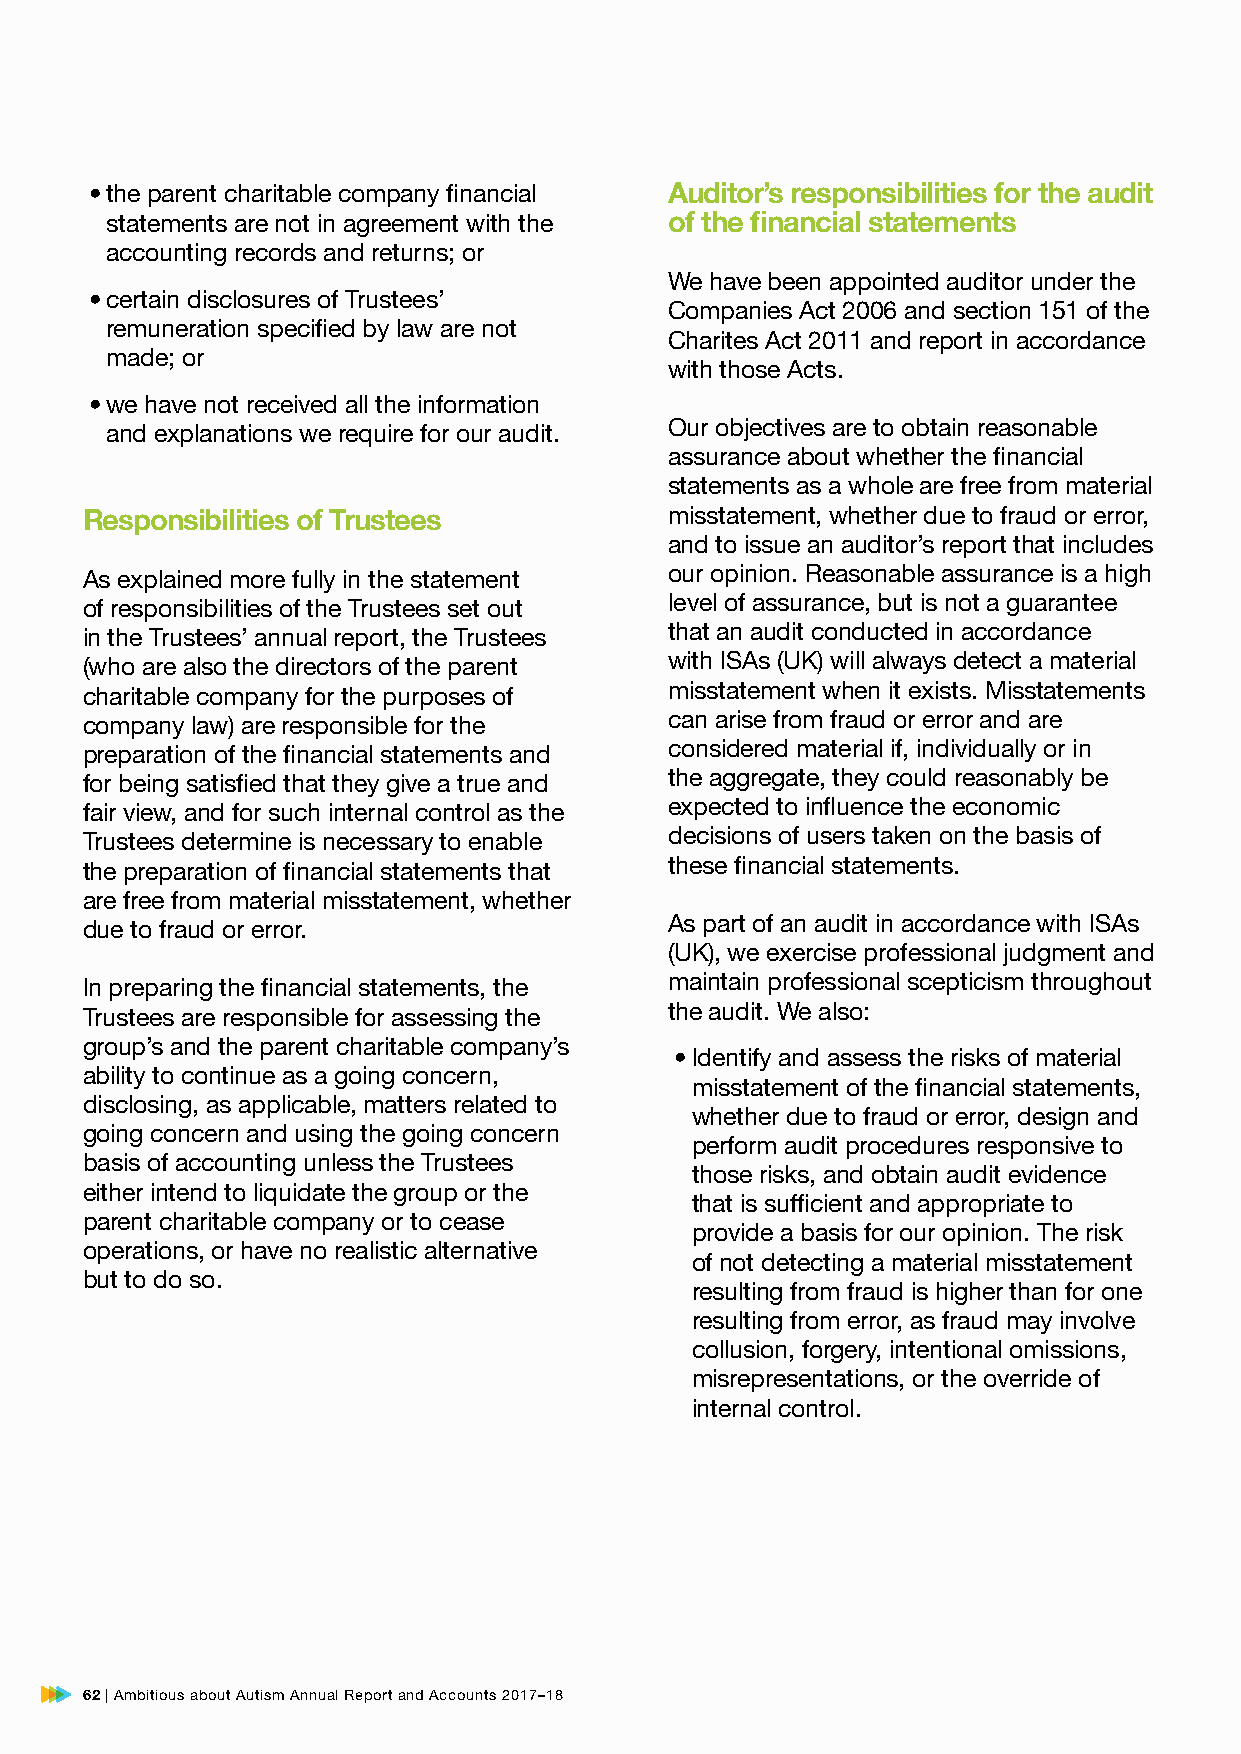
• the parent charitable company financial Auditor’s responsibilities for the audit
 statements are not in agreement with the of the financial statements
 accounting records and returns; or
 We have been appointed auditor under the
 • certain disclosures of Trustees’
 Companies Act 2006 and section 151 of the
 remuneration specified by law are not
 Charites Act 2011 and report in accordance
 made; or
 with those Acts.
 • we have not received all the information
 and explanations we require for our audit. Our objectives are to obtain reasonable
 assurance about whether the financial
 statements as a whole are free from material
 Responsibilities of Trustees           misstatement, whether due to fraud or error,
 and to issue an auditor’s report that includes
 As explained more fully in the statement our opinion. Reasonable assurance is a high
 of responsibilities of the Trustees set out level of assurance, but is not a guarantee
 in the Trustees’ annual report, the Trustees that an audit conducted in accordance
 (who are also the directors of the parent with ISAs (UK) will always detect a material
 charitable company for the purposes of misstatement when it exists. Misstatements
 company law) are responsible for the   can arise from fraud or error and are
 preparation of the financial statements and considered material if, individually or in
 for being satisfied that they give a true and the aggregate, they could reasonably be
 fair view, and for such internal control as the expected to influence the economic
 Trustees determine is necessary to enable decisions of users taken on the basis of
 the preparation of financial statements that these financial statements.
 are free from material misstatement, whether
 due to fraud or error.                 As part of an audit in accordance with ISAs
 (UK), we exercise professional judgment and
 In preparing the financial statements, the maintain professional scepticism throughout
 Trustees are responsible for assessing the the audit. We also:
 group’s and the parent charitable company’s
 • Identify and assess the risks of material
 ability to continue as a going concern,
 misstatement of the financial statements,
 disclosing, as applicable, matters related to
 whether due to fraud or error, design and
 going concern and using the going concern
 perform audit procedures responsive to
 basis of accounting unless the Trustees
 those risks, and obtain audit evidence
 either intend to liquidate the group or the
 that is sufficient and appropriate to
 parent charitable company or to cease
 provide a basis for our opinion. The risk
 operations, or have no realistic alternative
 of not detecting a material misstatement
 but to do so.
 resulting from fraud is higher than for one
 resulting from error, as fraud may involve
 collusion, forgery, intentional omissions,
 misrepresentations, or the override of
 internal control.
 62 | Ambitious about Autism Annual Report and Accounts 2017–18